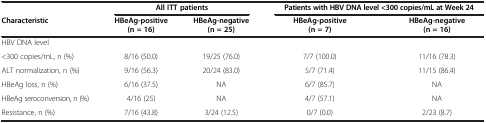
<table><thead><tr><td><b> </b></td><td colspan="2"><b>All ITT patients</b></td><td colspan="2"><b>Patients with HBV DNA level &lt;300 copies/mL at Week 24</b></td></tr><tr><td><b>Characteristic</b></td><td><b>HBeAg-positive (n = 16)</b></td><td><b>HBeAg-negative (n = 25)</b></td><td><b>HBeAg-positive (n = 7)</b></td><td><b>HBeAg-negative (n = 16)</b></td></tr></thead><tbody><tr><td>HBV DNA level</td><td> </td><td> </td><td> </td><td> </td></tr><tr><td>&lt;300 copies/mL, n (%)</td><td>8/16 (50.0)</td><td>19/25 (76.0)</td><td>7/7 (100.0)</td><td>11/16 (78.3)</td></tr><tr><td>ALT normalization, n (%)</td><td>9/16 (56.3)</td><td>20/24 (83.0)</td><td>5/7 (71.4)</td><td>11/15 (86.4)</td></tr><tr><td>HBeAg loss, n (%)</td><td>6/16 (37.5)</td><td>NA</td><td>6/7 (85.7)</td><td>NA</td></tr><tr><td>HBeAg seroconversion, n (%)</td><td>4/16 (25)</td><td>NA</td><td>4/7 (57.1)</td><td>NA</td></tr><tr><td>Resistance, n (%)</td><td>7/16 (43.8)</td><td>3/24 (12.5)</td><td>0/7 (0.0)</td><td>2/23 (8.7)</td></tr></tbody></table>